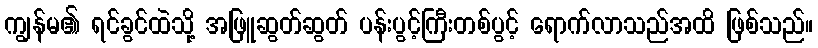
ကျွန်မ၏ ရင်ခွင်ထဲသို့ အဖြူဆွတ်ဆွတ် ပန်းပွင့်ကြီးတစ်ပွင့် ရောက်လာသည်အထိ ဖြစ်သည်။